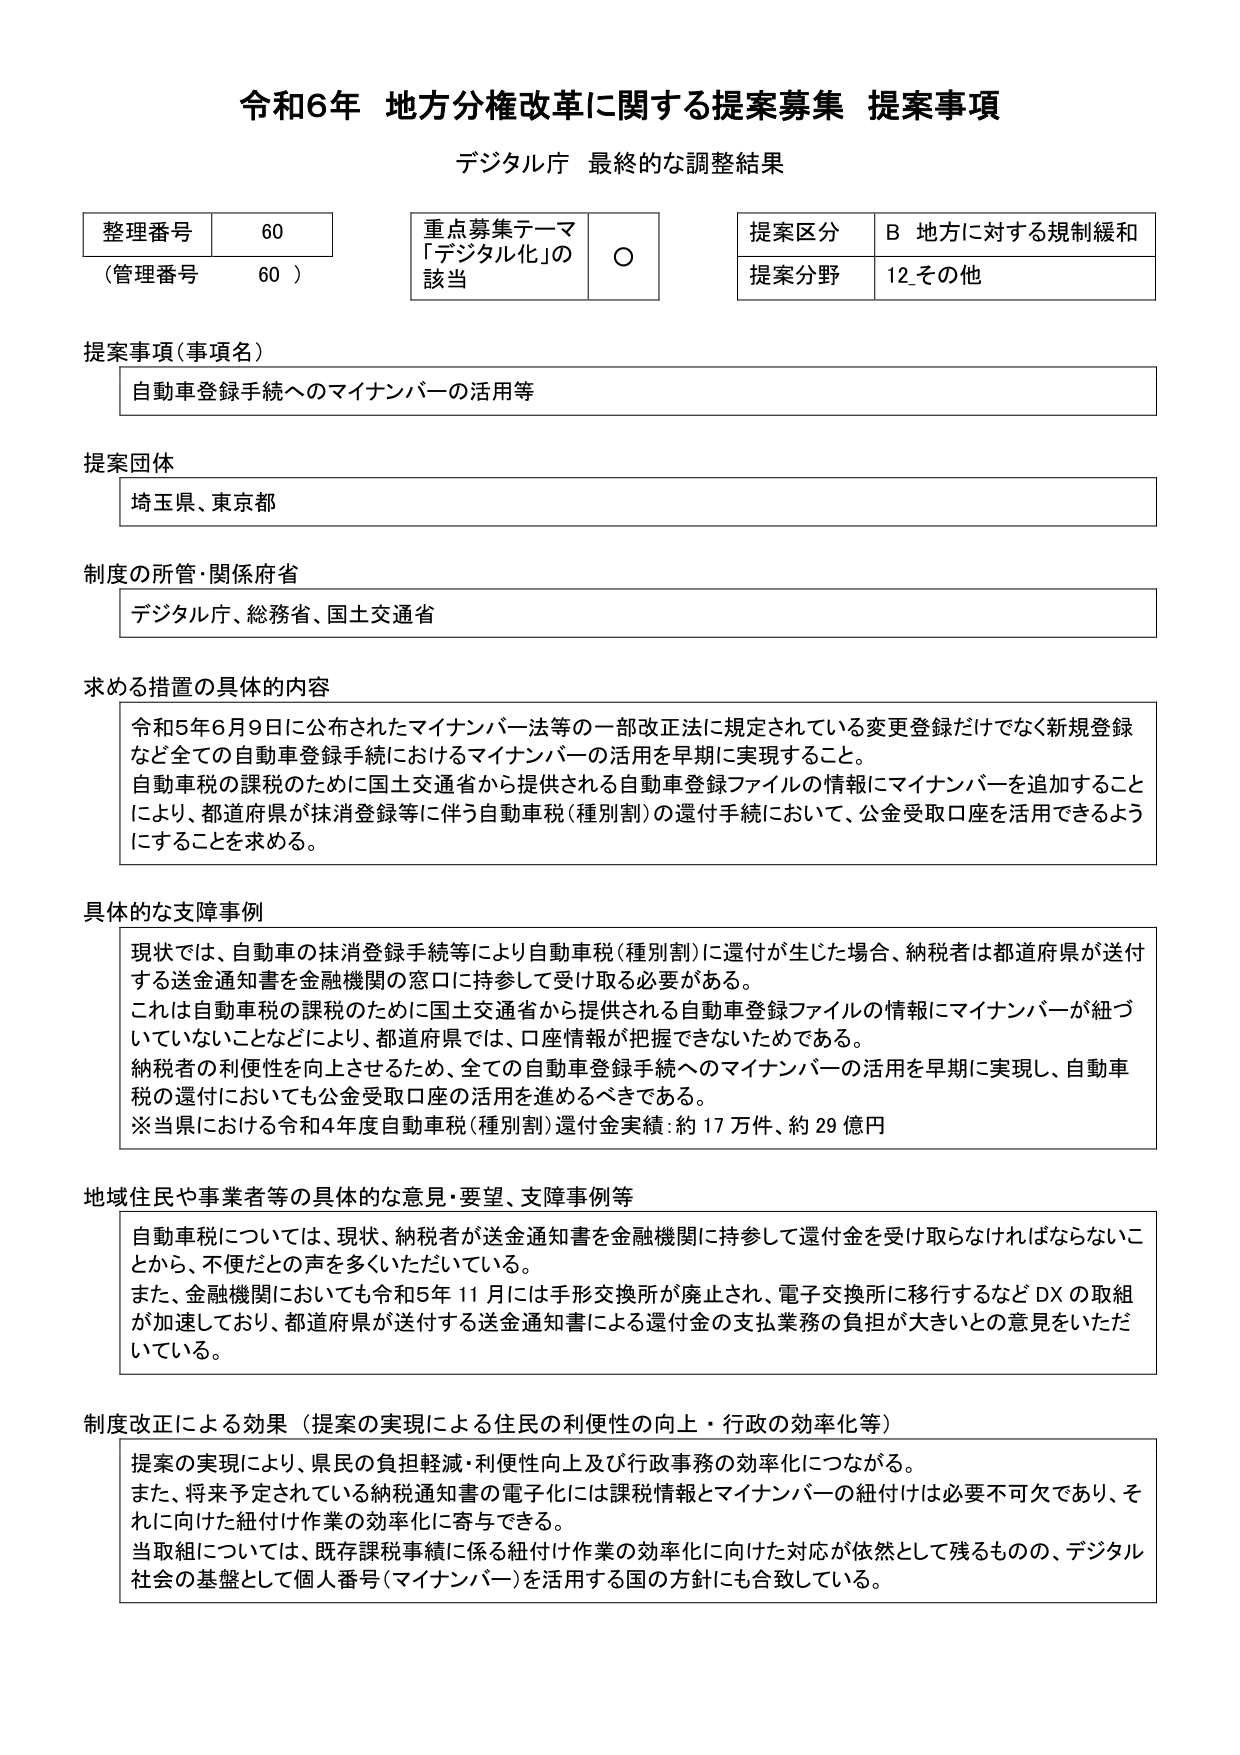
令和6年 地方分権改革に関する提案募集 提案事項
デジタル庁 最終的な調整結果

整理番号 60
（管理番号 60）

重点募集テーマ
「デジタル化」の
該当 ○

提案区分 B 地方に対する規制緩和
提案分野 12 その他

提案事項（事項名）
自動車登録手続へのマイナンバーの活用等

提案団体
埼玉県、東京都

制度の所管・関係府省
デジタル庁、総務省、国土交通省

求める措置の具体的な内容
令和5年6月9日に公布されたマイナンバー法等の一部改正法に規定されている変更登録だけでなく新規登録など全ての自動車登録手続におけるマイナンバーの活用を早期に実現すること。
自動車税の課税のために国土交通省から提供される自動車登録ファイルの情報にマイナンバーを追加することにより、都道府県が抹消登録等に伴う自動車税（種別割）の還付手続において、公金受取口座を活用できるようにすることを求める。

具体的な支障事例
現状では、自動車の抹消登録手続等により自動車税（種別割）に還付が生じた場合、納税者は都道府県が送付する送金通知書を金融機関の窓口に持参して受け取る必要がある。
これは自動車税の課税のために国土交通省から提供される自動車登録ファイルの情報にマイナンバーが紐づいていないことなどにより、都道府県では、口座情報が把握できないためである。
納税者の利便性を向上させるため、全ての自動車登録手続へのマイナンバーの活用を早期に実現し、自動車税の還付においても公金受取口座の活用を進めるべきである。
※当県における令和4年度自動車税（種別割）還付金実績：約17万件、約29億円

地域住民や事業者等の具体的な意見・要望、支障事例等
自動車税については、現状、納税者が送金通知書を金融機関に持参して還付金を受け取らなければならないことから、不便だとの声を多くいただいている。
また、金融機関においても令和5年11月には手形交換所が廃止され、電子交換所に移行するなどDXの取組が加速しており、都道府県が送付する送金通知書による還付金の支払業務の負担が大きいとの意見をいただいている。

制度改正による効果（提案の実現による住民の利便性の向上・行政の効率化等）
提案の実現により、県民の負担軽減・利便性向上及び行政事務の効率化につながる。
また、将来予定されている納税通知書の電子化には課税情報とマイナンバーの紐付けは必要不可欠であり、それに向けた紐付け作業の効率化に寄与できる。
当取組については、既存課税事績に係る紐付け作業の効率化に向けた対応が依然として残るものので、デジタル社会の基盤として個人番号（マイナンバー）を活用する国の方針にも合致している。